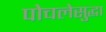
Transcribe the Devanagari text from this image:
पोचलेसुद्धा